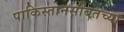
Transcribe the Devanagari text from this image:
पाकिस्तानसोबतच्या